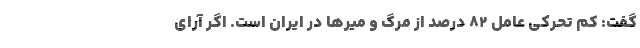
گفت: کم تحرکی عامل ۸۲ درصد از مرگ و میرها در ایران است. اگر آرای